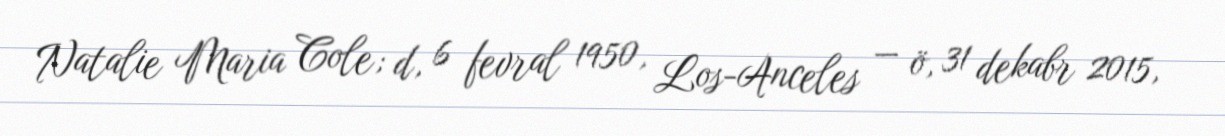
Natalie Maria Cole; d, 6 fevral 1950, Los-Anceles — ö, 31 dekabr 2015,